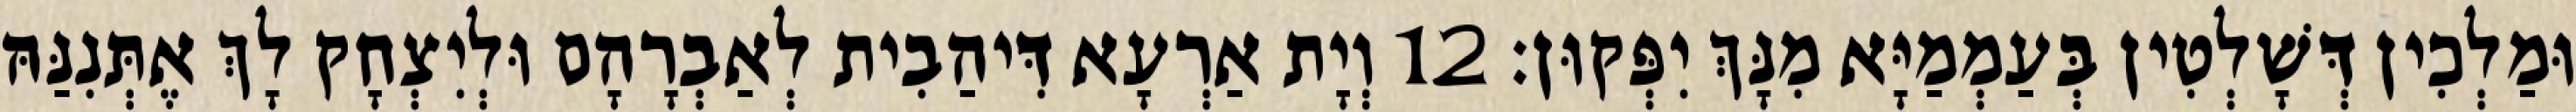
וּמַלְכִין דְּשָׁלְטִין בְּעַמְמַיָּא מִנָּךְ יִפְּקוּן׃ 12 וְיָת אַרְעָא דִּיהַבִית לְאַבְרָהָם וּלְיִצְחָק לָךְ אֶתְּנִנַּהּ